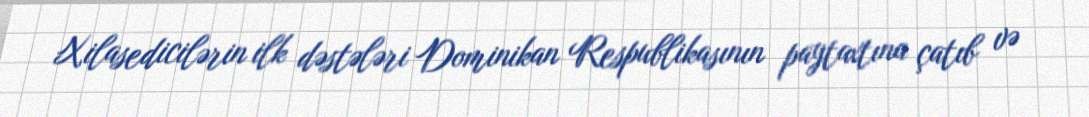
Xilasedicilərin ilk dəstələri Dominikan Respublikasının paytaxtına çatıb və